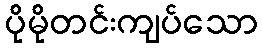
ပိုမိုတင်းကျပ်သော